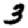
Digit: 3